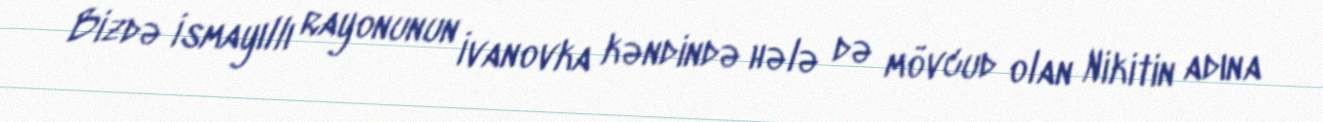
Bizdə İsmayıllı rayonunun İvanovka kəndində hələ də mövcud olan Nikitin adına